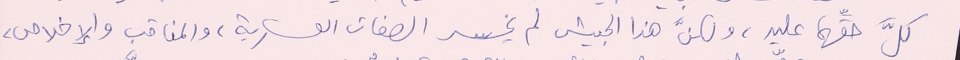
كلَّ حقَّهما عليه، ولكنَّ هذا الجيش لم يخسر الصفات العسكرية، والمناقب والإخلاص،